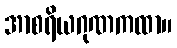
အာစရိယဂုဏကထာ။